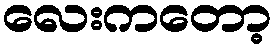
လေးကတော့